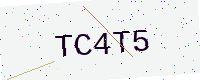
Text: TC4T5